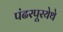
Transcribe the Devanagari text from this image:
पंढरपूरयेथे